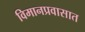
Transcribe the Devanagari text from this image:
विमानप्रवासात